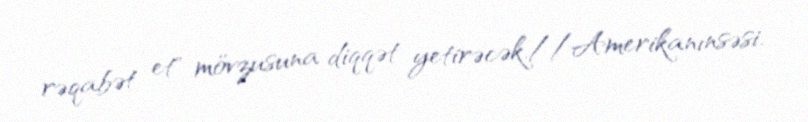
rəqabət et" mövzusuna diqqət yetirəcək.//Amerikanınsəsi.